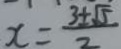
x = \frac { 3 \pm \sqrt { 5 } } { 2 }